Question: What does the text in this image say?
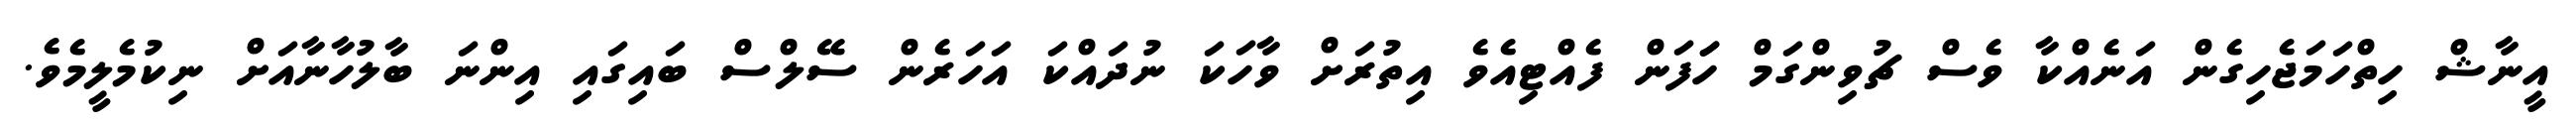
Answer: އީނާޝް ހިތްހަމަޖެހިގެން އަނެއްކާ ވެސް ޗުވިންގަމް ހަަފަން ފެއްޓިއެވެ އިތުރަށް ވާހަކަ ނުދައްކަ އަހަރެން ސޭލްސް ބައިގައި އިންނަ ބާލުހާނާއަށް ނިކުމެލީމެވެ.